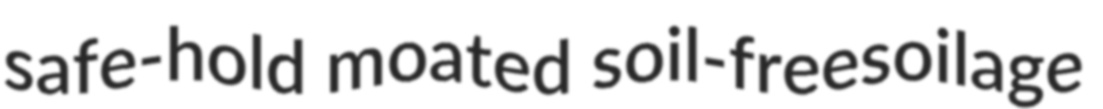
safe-hold moated soil-freesoilage